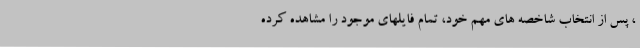
، پس از انتخاب شاخصه های مهم خود، تمام فایلهای موجود را مشاهده کرده